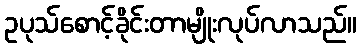
ဥပုသ်စောင့်ခိုင်းတာမျိုးလုပ်လာသည်။